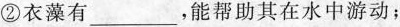
②衣藻有___，能帮助其在水中游动；